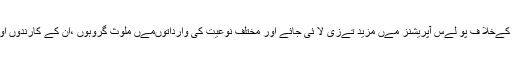
ٓٓآئی جی سندھ نے ہداےات جاری کی ہےں کہ پو لےس ر ےنج/ڈسٹرکٹس/زونز کی سطح پر جرا ئم کےخلا ف پو لےس آپریشنز مےں مزید تےزی لا ئی جائے اور مختلف نوعیت کی وارداتوںمےں ملوث گروہوں ،ان کے کارندوں اور سرپرستوںکو قانون کی گرفت مےں لانے کیلئے تمام تر اقدامات کو غےرمعمو لی بناےا جائے ۔